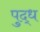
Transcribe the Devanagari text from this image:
पुद्ध